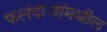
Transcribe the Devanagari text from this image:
फलंदाजांमधील